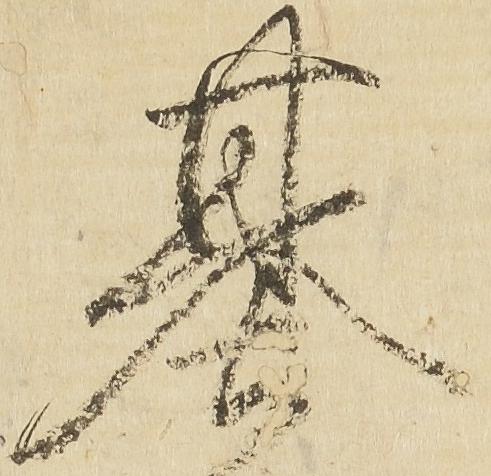
基